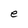
Character: e